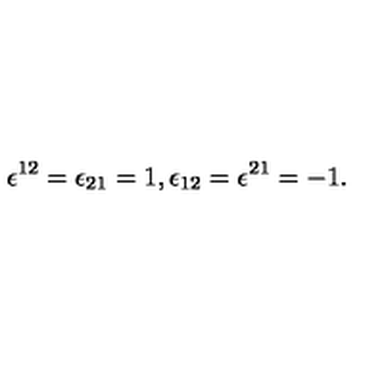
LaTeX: \epsilon ^ { 1 2 } = \epsilon _ { 2 1 } = 1 , \epsilon _ { 1 2 } = \epsilon ^ { 2 1 } = - 1 .